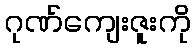
ဂုဏ်ကျေးဇူးကို